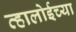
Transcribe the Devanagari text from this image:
व्हालोईच्या